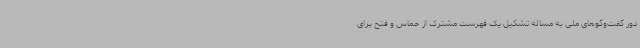
دور گفت‌وگوهای ملی به مساله تشکیل یک فهرست مشترک از حماس و فتح برای